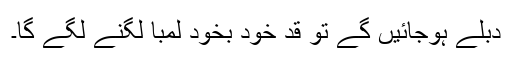
دُبلے ہوجائیں گے تو قد خود بخود لمبا لگنے لگے گا۔